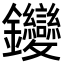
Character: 𨰺